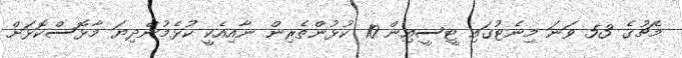
މެޗުގެ 53 ވަނަ މިނެޓުގައި ޓީސީއިން 10 ކުޅުންތެރިން ނާއިއެކީ ކުޅެމުންދިޔަ މާޅޮސްކޮޅަށް